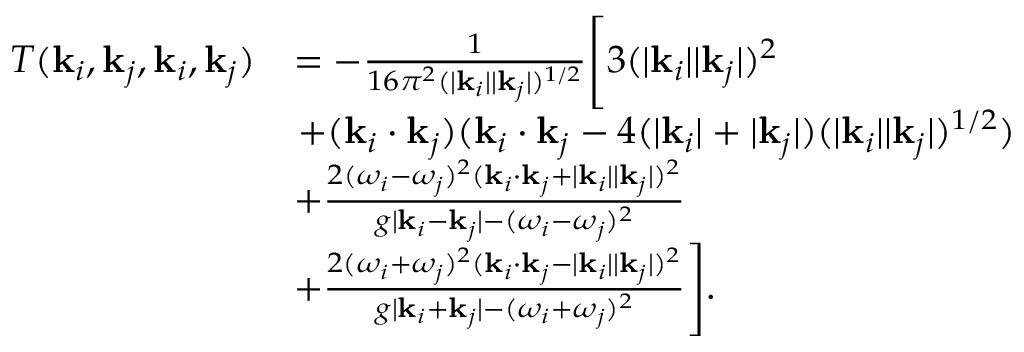
\begin{array} { r l } { T ( \mathbf { k } _ { i } , \mathbf { k } _ { j } , \mathbf { k } _ { i } , \mathbf { k } _ { j } ) } & { = - \frac { 1 } { 1 6 \pi ^ { 2 } ( | \mathbf { k } _ { i } | | \mathbf { k } _ { j } | ) ^ { 1 / 2 } } \Biggl [ 3 ( | \mathbf { k } _ { i } | | \mathbf { k } _ { j } | ) ^ { 2 } } \\ & { \left. + ( \mathbf { k } _ { i } \cdot \mathbf { k } _ { j } ) ( \mathbf { k } _ { i } \cdot \mathbf { k } _ { j } - 4 ( | \mathbf { k } _ { i } | + | \mathbf { k } _ { j } | ) ( | \mathbf { k } _ { i } | | \mathbf { k } _ { j } | ) ^ { 1 / 2 } ) \right. } \\ & { + \frac { 2 ( \omega _ { i } - \omega _ { j } ) ^ { 2 } ( \mathbf { k } _ { i } \cdot \mathbf { k } _ { j } + | \mathbf { k } _ { i } | | \mathbf { k } _ { j } | ) ^ { 2 } } { g | \mathbf { k } _ { i } - \mathbf { k } _ { j } | - ( \omega _ { i } - \omega _ { j } ) ^ { 2 } } } \\ & { + \frac { 2 ( \omega _ { i } + \omega _ { j } ) ^ { 2 } ( \mathbf { k } _ { i } \cdot \mathbf { k } _ { j } - | \mathbf { k } _ { i } | | \mathbf { k } _ { j } | ) ^ { 2 } } { g | \mathbf { k } _ { i } + \mathbf { k } _ { j } | - ( \omega _ { i } + \omega _ { j } ) ^ { 2 } } \Biggr ] . } \end{array}